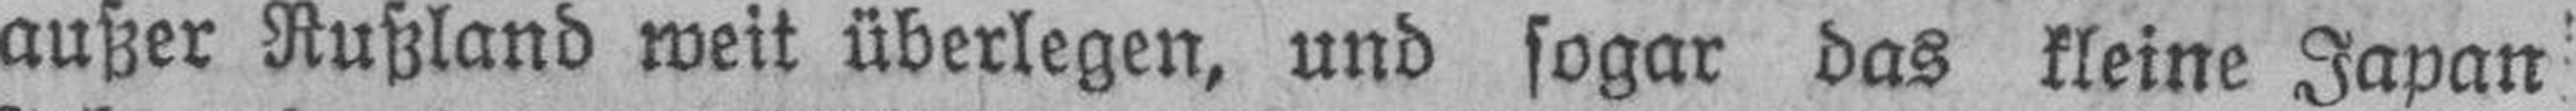
außer Rußland weit überlegen, und sogar das kleine Japan